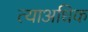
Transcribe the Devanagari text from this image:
त्याअधिक